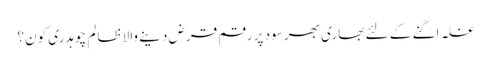
غلہ اگنے کے لئے بھاری بھر سود پر رقم قرض دینے والا ظالم چوہدری کون؟